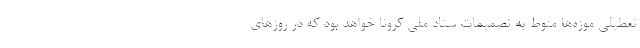
تعطیلی موزه‌ها منوط به تصمیمات ستاد ملی کرونا خواهد بود که در روزهای